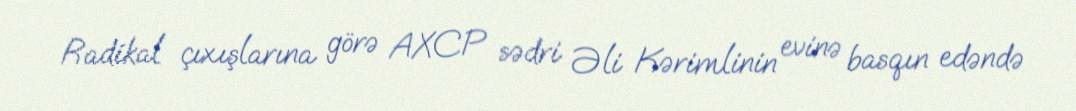
Radikal çıxışlarına görə AXCP sədri Əli Kərimlinin evinə basqın edəndə